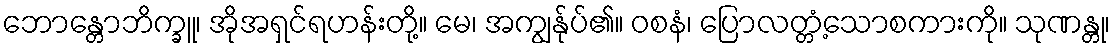
ဘောန္တောဘိက္ခူ၊ အိုအရှင်ရဟန်းတို့။ မေ၊ အကျွန်ုပ်၏။ ဝစနံ၊ ပြောလတ္တံ့သောစကားကို။ သုဏန္တု၊